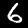
Digit: 6